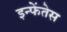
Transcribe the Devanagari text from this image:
इन्फेंतेस